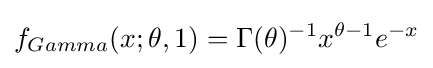
f_{Gamma}(x;\theta ,1)=\Gamma (\theta )^{-1}x^{\theta -1}e^{-x}